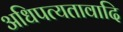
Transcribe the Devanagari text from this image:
अधिपत्यतावादि